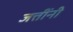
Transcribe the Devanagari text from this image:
जत्तींनी